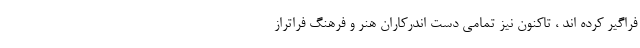
فراگیر کرده اند ، تاکنون نیز تمامی دست اندرکاران هنر و فرهنگ فراتراز